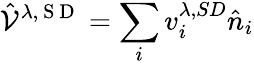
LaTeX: \hat{\mathcal{V}}^{\lambda,\mathrm{~S~D~}}=\sum_{i}v_{i}^{\lambda,SD}\hat{n}_{i}